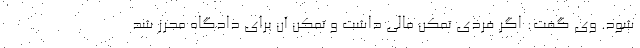
شود. وی گفت: اگر فردی تمکن مالی داشت و تمکن آن برای دادگاه محرز شد